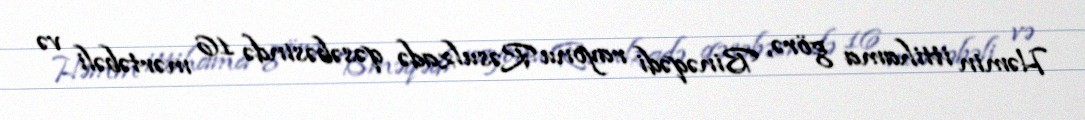
Həmin ittihama görə, Binəqədi rayonu Rəsulzadə qəsəbəsində 16 mərtəbəli və